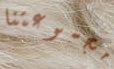
مجموعتنا